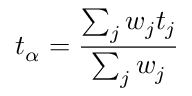
t _ { \alpha } = \frac { \sum _ { j } w _ { j } t _ { j } } { \sum _ { j } w _ { j } }